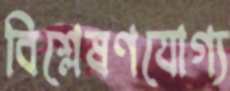
বিশ্লেষণযোগ্য